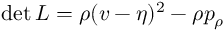
\operatorname* { d e t } L = \rho ( v - \eta ) ^ { 2 } - \rho p _ { \rho }